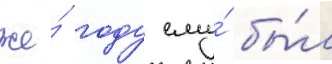
же́ году ему́ бы́л